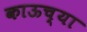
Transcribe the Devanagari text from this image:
काऊच्या